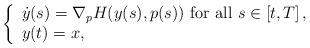
LaTeX: \begin{align*}\left\{\begin{array}{l}\dot{y}(s)= \nabla_p H ( y(s),p(s)) \mbox{ for all } s\in \left[ t, T \right],\\y(t)= x,\end{array}\right.\end{align*}